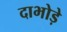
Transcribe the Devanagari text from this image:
दाभोड़े